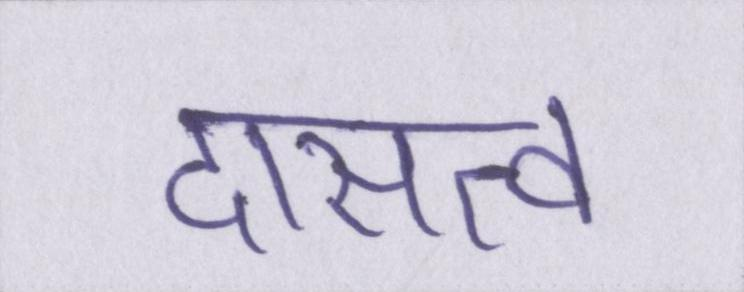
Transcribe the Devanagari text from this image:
दासत्व